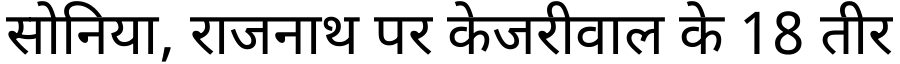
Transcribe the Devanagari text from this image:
सोनिया, राजनाथ पर केजरीवाल के 18 तीर